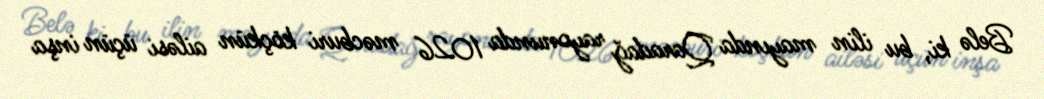
Belə ki, bu ilin mayında Qaradağ rayonunda 1026 məcburi köçkün ailəsi üçün inşa